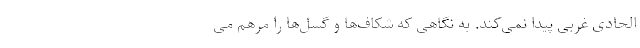
الحادی غربی پیدا نمی‌کند. به نگاهی که شکاف‌ها و گسل‌ها را مرهم می